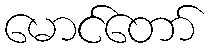
မောင်တော်